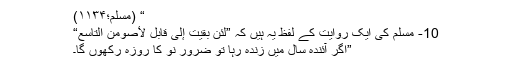
“ (مسلم؛۱۱۳۴)
10- مسلم کی ایک روایت کے لفظ یہ ہیں کہ ”لئن بقيت إلی قابل لأصومن التاسع“
”اگر آئندہ سال میں زندہ رہا تو ضرور نو کا روزہ رکھوں گا۔